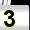
Digit: 3